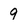
Character: 9